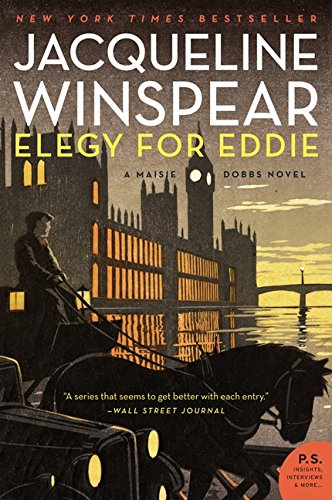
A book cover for Elegy for Eddie: A Maisie Dobbs Novel; Jacqueline Winspear; Mystery, Thriller & Suspense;